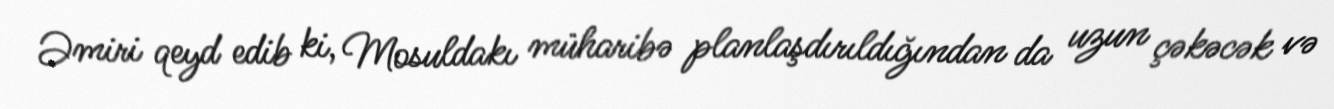
Əmiri qeyd edib ki, Mosuldakı müharibə planlaşdırıldığından da uzun çəkəcək və